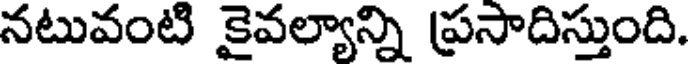
నటువంటి కైవల్యాన్ని ప్రసాదిస్తుంది.